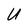
Character: U